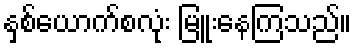
နှစ်ယောက်စလုံး မြူးနေကြသည်။